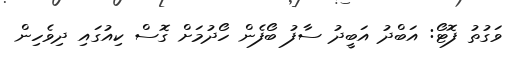
ވަގުތު ފޮޓޯ: އަބްދު އަބީދު ސާފު ބޯފެން ހޯދުމަށް ގޮސް ކިއުގައި ދިވެހިން